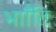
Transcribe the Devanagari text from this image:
भााँति